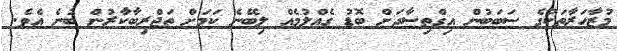
މުޒާހަރާތަކުގެ ސަބަބުން އިގްތިސާދަށް ބޮޑު ގެއްލުމެއް ލިބޭނެ ކަމަށް ތަޖްރިބާކާރުން ބުނެ އެވެ.